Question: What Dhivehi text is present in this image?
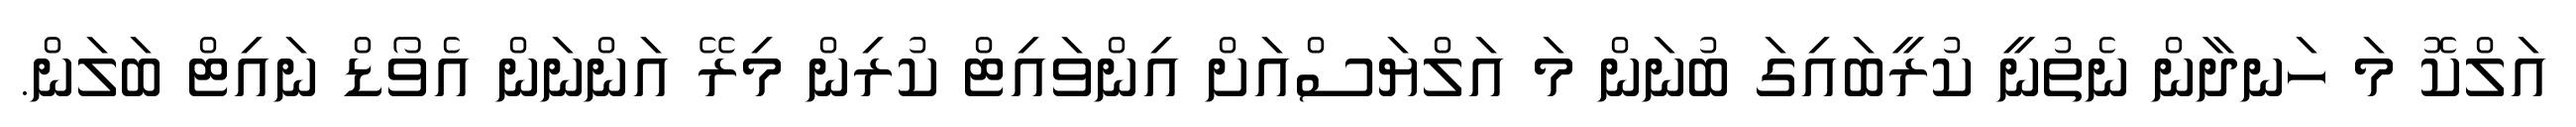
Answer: އަލްކޮ މަ ހަނދާން ނެތުނީ ކުރީބައިގަ ބުނަން މަ އަލްޔަސްއަށް އިންވައިޓް ކުރިން މިރޭ އަންނަން އެވޯޑް ނައިޓް ބަލަން.